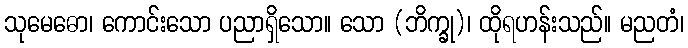
သုမေဓော၊ ကောင်းသော ပညာရှိသော။ သော (ဘိက္ခု)၊ ထိုရဟန်းသည်။ မညတံ၊